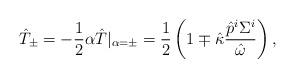
LaTeX: \begin{align*}\hat{T}_{\pm}=-\frac{1}{2}\alpha\hat{T}|_{\alpha=\pm}=\frac{1}{2}\left(1\mp\hat{\kappa}\frac{\hat{p}^i\Sigma^i}{\hat{\omega}}\right),\end{align*}